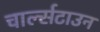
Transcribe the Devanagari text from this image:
चार्ल्सटाउन